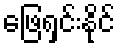
ဖြေရှင်းနိုင်